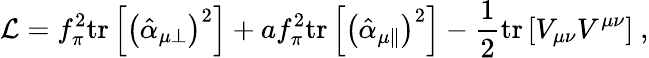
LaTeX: {\cal L}=f_{\pi}^{2}\mathrm{tr}\left[\left(\hat{\alpha}_{\mu\perp}\right)^{2}\right]+af_{\pi}^{2}\mathrm{tr}\left[\left(\hat{\alpha}_{\mu\parallel}\right)^{2}\right]-\frac{1}{2}\mathrm{tr}\left[V_{\mu\nu}V^{\mu\nu}\right]\ ,